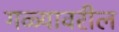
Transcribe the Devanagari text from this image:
गळ्यावरील